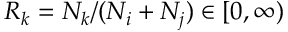
R _ { k } = N _ { k } / ( N _ { i } + N _ { j } ) \in [ 0 , \infty )